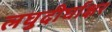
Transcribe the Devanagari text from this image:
लघुदीर्घाक्षर